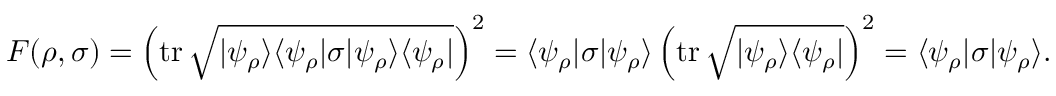
F ( \rho , \sigma ) = \left( \operatorname { t r } { \sqrt { | \psi _ { \rho } \rangle \langle \psi _ { \rho } | \sigma | \psi _ { \rho } \rangle \langle \psi _ { \rho } | } } \right) ^ { 2 } = \langle \psi _ { \rho } | \sigma | \psi _ { \rho } \rangle \left( \operatorname { t r } { \sqrt { | \psi _ { \rho } \rangle \langle \psi _ { \rho } | } } \right) ^ { 2 } = \langle \psi _ { \rho } | \sigma | \psi _ { \rho } \rangle .